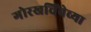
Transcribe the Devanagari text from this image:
गोरखचिंचेच्या